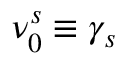
\nu _ { 0 } ^ { s } \equiv \gamma _ { s }